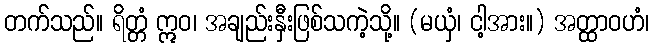
တက်သည်။ ရိတ္တံ ဣဝ၊ အချည်းနှီးဖြစ်သကဲ့သို့။ (မယှံ၊ ငါ့အား။) အတ္ထာဝဟံ၊